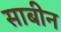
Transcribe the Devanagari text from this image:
साबीन